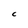
Character: C